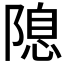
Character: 𨻁